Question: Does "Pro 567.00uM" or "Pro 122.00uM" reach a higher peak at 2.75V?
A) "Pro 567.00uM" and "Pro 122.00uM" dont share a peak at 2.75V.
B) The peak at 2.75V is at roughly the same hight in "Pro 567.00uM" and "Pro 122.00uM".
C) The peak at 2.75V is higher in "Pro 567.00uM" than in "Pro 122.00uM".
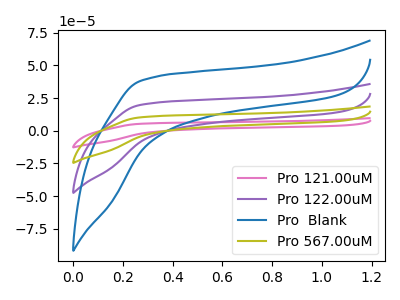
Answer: <think>The pink curve "Pro 121.00uM" has no peaks. The purple curve "Pro 122.00uM" has no peaks. The blue curve "Pro  Blank" has no peaks. The olive curve "Pro 567.00uM" has no peaks.</think>
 <answer>A) "Pro 567.00uM" and "Pro 122.00uM" dont share a peak at 2.75V.</answer>
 <eval>A</eval>